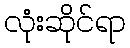
လုံးဆိုင်ရာ